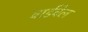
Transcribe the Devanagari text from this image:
वार्डवेल